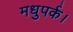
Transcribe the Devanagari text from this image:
मधुपर्क।